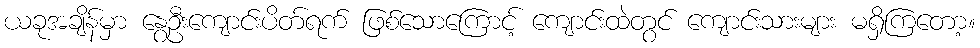
ယခုအချိန်မှာ နွေဦးကျောင်းပိတ်ရက် ဖြစ်သောကြောင့် ကျောင်းထဲတွင် ကျောင်းသားများ မရှိကြတော့။